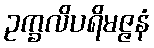
ဥက္ခလိပရိမဇ္ဇနံ